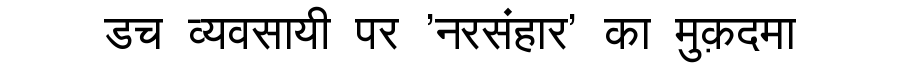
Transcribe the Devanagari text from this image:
डच व्यवसायी पर 'नरसंहार' का मुक़दमा